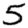
Digit: 5